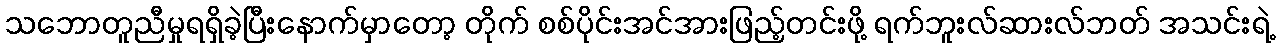
သဘောတူညီမှုရရှိခဲ့ပြီးနောက်မှာတော့ တိုက် စစ်ပိုင်းအင်အားဖြည့်တင်းဖို့ ရက်ဘူးလ်ဆားလ်ဘတ် အသင်းရဲ့